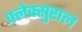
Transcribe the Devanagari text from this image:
फ़्लेक्सुराल